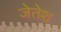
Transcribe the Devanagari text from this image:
जेतेश